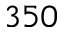
3 5 0